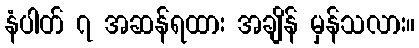
နံပါတ် ၇ အဆန်ရထား အချိန် မှန်သလား။